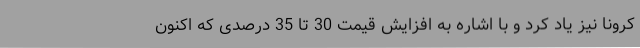
کرونا نیز یاد کرد و با اشاره به افزایش قیمت 30 تا 35 درصدی که اکنون